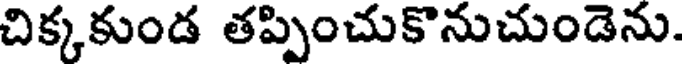
చిక్కకుండ తప్పించుకొనుచుండెను.